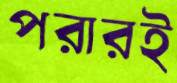
পরারই